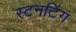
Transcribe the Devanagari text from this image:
स्टनटिंग